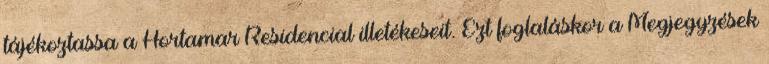
tájékoztassa a Hortamar Residencial illetékeseit. Ezt foglaláskor a Megjegyzések